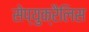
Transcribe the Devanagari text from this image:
सेप्युक्रैलिस